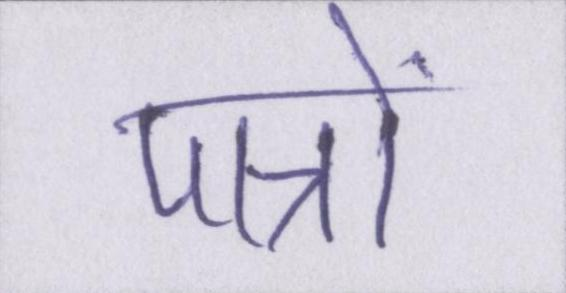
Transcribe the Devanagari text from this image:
पात्रों